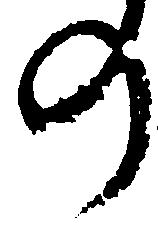
の